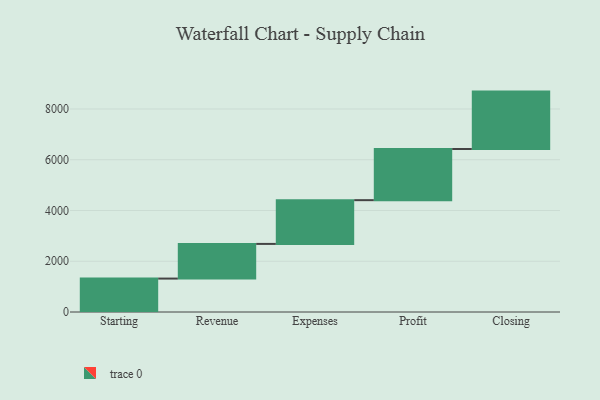
{"axis": {"x": "Step", "y": "Value"}, "legend": [""], "data": [{"x": "Starting", "y": 1317.0, "type": ""}, {"x": "Revenue", "y": 1366.0, "type": ""}, {"x": "Expenses", "y": 1724.0, "type": ""}, {"x": "Profit", "y": 2016.0, "type": ""}, {"x": "Closing", "y": 2262.0, "type": ""}]}